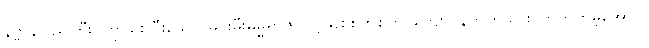
နိဗ္ဗာန်ပြည်ကြီး၊ တိုင်စေပြီးသော်၊ မင်းမီးဓမ္မရာဇ်၊ ပွင့်သစ်စက်စက်၊ ကျော်ဝှန်တက်သား၊ တုဘက်မဲ့အောင်၊